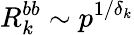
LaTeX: R_{k}^{bb}\sim p^{1/\delta_{k}}